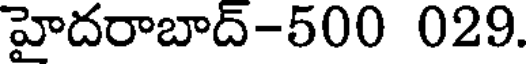
హైదరాబాద్-500 029.